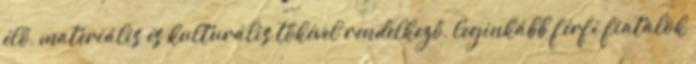
élő, materiális és kulturális tőkével rendelkező, leginkább férfi fiatalok